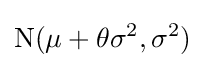
\mathrm {N} (\mu +\theta \sigma ^{2},\sigma ^{2})